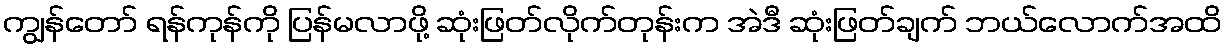
ကျွန်တော် ရန်ကုန်ကို ပြန်မလာဖို့ ဆုံးဖြတ်လိုက်တုန်းက အဲဒီ ဆုံးဖြတ်ချက် ဘယ်လောက်အထိ